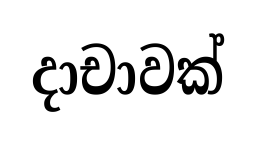
දාචාවක්